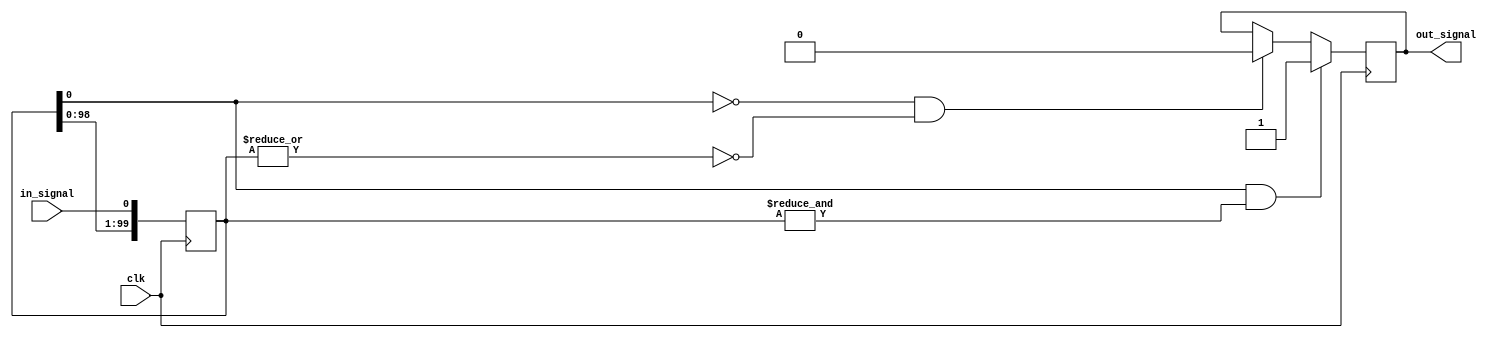
module debounce #(
  parameter INITIAL_STATE     = 0,
  parameter DEBOUNCE_COUNT    = 100
)(
  input         clk,
  input         in_signal,
  output  reg   out_signal
);

reg [DEBOUNCE_COUNT - 1: 0] debounce;

initial begin
  out_signal    <=  INITIAL_STATE;
  debounce      <=  INITIAL_STATE;
end
always @ (posedge clk) begin

  debounce  <= {debounce[(DEBOUNCE_COUNT - 2) : 0], in_signal};

  if (debounce[0] == 1 && (& debounce)) begin
    out_signal         <=  1;
  end
  else if ((debounce[0] == 0) && (~| debounce)) begin
    out_signal         <=  0;
  end
end

endmodule